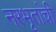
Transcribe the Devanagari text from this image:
नरभृतांची